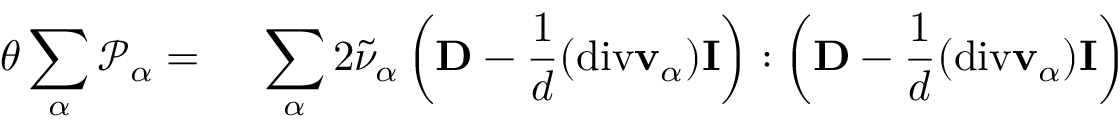
\begin{array} { r l } { \theta \displaystyle \sum _ { \alpha } \mathscr { P } _ { \alpha } = } & { { } ~ \displaystyle \sum _ { \alpha } 2 \tilde { \nu } _ { \alpha } \left( \mathbf { D } - \frac { 1 } { d } ( \mathrm { d i v } \mathbf { v } _ { \alpha } ) \mathbf { I } \right) : \left( \mathbf { D } - \frac { 1 } { d } ( \mathrm { d i v } \mathbf { v } _ { \alpha } ) \mathbf { I } \right) } \end{array}